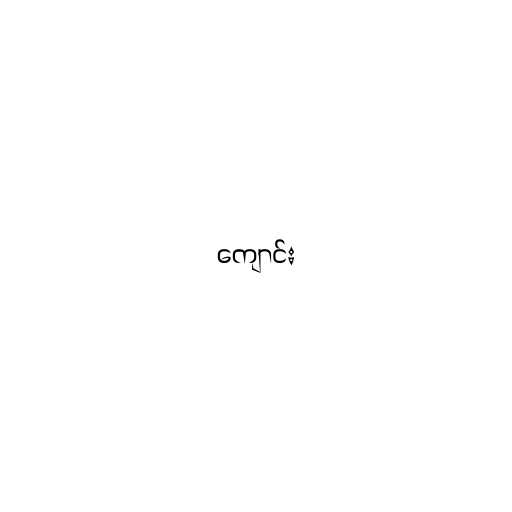
ကျောင်း